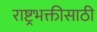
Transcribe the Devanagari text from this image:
राष्ट्रभक्तीसाठी